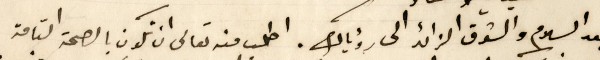
بعد السلام والشوق الزائد الى رؤياك. اطلب منه تعالى ان تكون بالصحة التامة